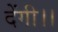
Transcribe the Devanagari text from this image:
देंगी।।